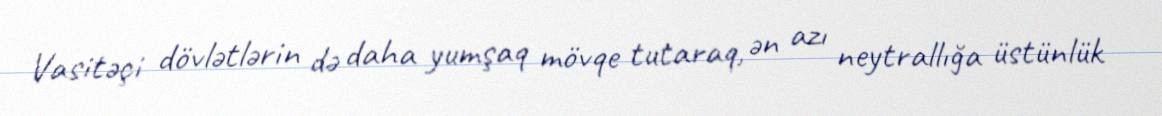
Vasitəçi dövlətlərin də daha yumşaq mövqe tutaraq, ən azı neytrallığa üstünlük